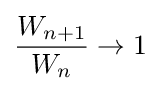
{\frac {W_{n+1}}{W_{n}}}\to 1